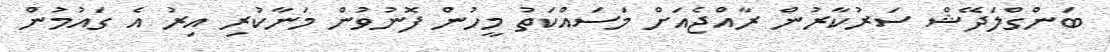
ބަންގްލަދޭޝް ސަރުކާރުން ރާއްޖެއަށް މަސައްކަތު މީހުން ފޮނުވުން މަނާކުރި އިރު އެ ގައުމުން